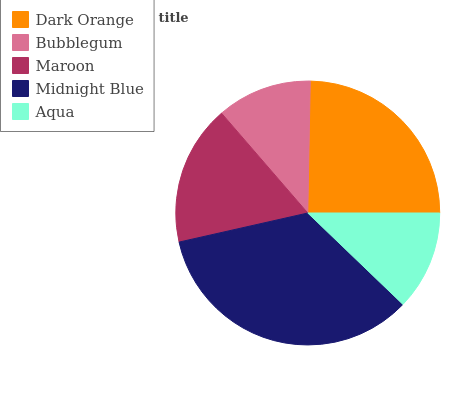
| Dark Orange | Bubblegum | Maroon | Midnight Blue | Aqua |
 | --- | --- | --- | --- | --- |
 | 24.7% | 11.7% | 17.2% | 34.3% | 12.2% |